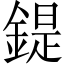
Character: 鍉